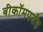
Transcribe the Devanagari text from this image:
बीकॉमपर्यंत